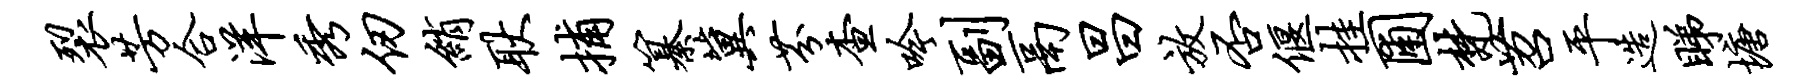
裂芳合洋秀仞绡耿捕纂冀芬查吟副鬲昌放否偃挂圃梵苕平造睇塘